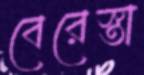
বেরেস্তা